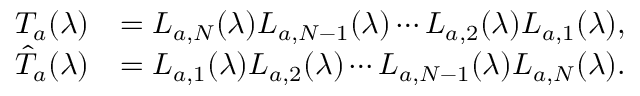
\begin{array} { r l } { T _ { a } ( \lambda ) } & { = L _ { a , N } ( \lambda ) L _ { a , N - 1 } ( \lambda ) \cdots L _ { a , 2 } ( \lambda ) L _ { a , 1 } ( \lambda ) , } \\ { \hat { T } _ { a } ( \lambda ) } & { = L _ { a , 1 } ( \lambda ) L _ { a , 2 } ( \lambda ) \cdots L _ { a , N - 1 } ( \lambda ) L _ { a , N } ( \lambda ) . } \end{array}